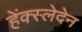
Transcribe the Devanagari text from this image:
हेंक्स्लेदेन